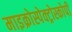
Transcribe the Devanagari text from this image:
माइक्रोस्पेक्ट्रोस्कोपी